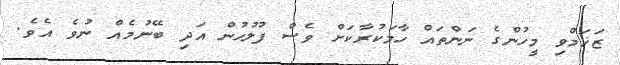
ޒަޚަމްވި މީހުންގެ ނަންތައް ހާމަކުރާކަށް ވެސް ފުލުހުން އަދި ބޭނުމެއް ނުވެ އެވެ.